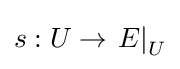
s:U\to \left.E\right|_{U}